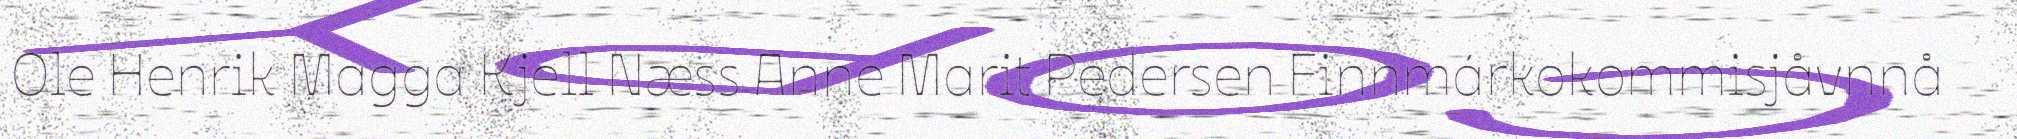
Ole Henrik Magga Kjell Næss Anne Marit Pedersen Finnmárkokommisjåvnnå